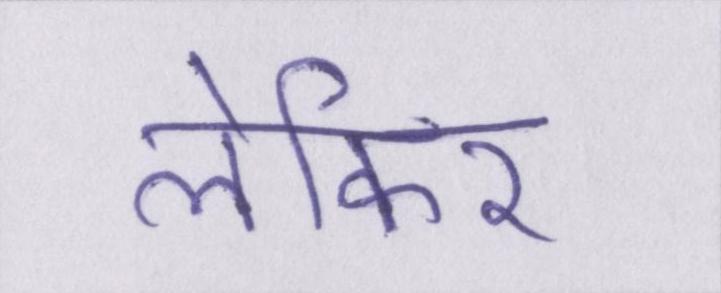
लेकिर